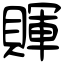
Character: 賱